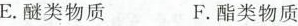
E。醚类物质 F.酯类物质